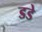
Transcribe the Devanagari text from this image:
डडे